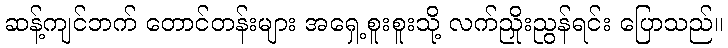
ဆန့်ကျင်ဘက် တောင်တန်းများ အရှေ့စူးစူးသို့ လက်ညှိုးညွန်ရင်း ပြောသည်။